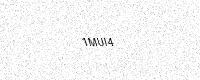
Text: 1MUI4